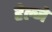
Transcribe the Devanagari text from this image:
हेल्जे